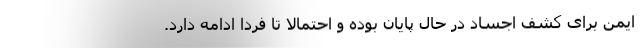
ایمن برای کشف اجساد در حال پایان بوده و احتمالا تا فردا ادامه دارد.